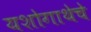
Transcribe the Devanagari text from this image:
यशोगाथेचे